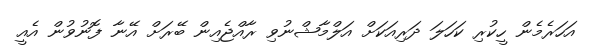
އަހަރެމެން ހީކުރި ކަހަލަ ދަރިއަކަށް އަލްމާޝްނުވި ރާއްޖެއިން ބޭރަށް އޭނާ ފޮނުވުން އެއީ